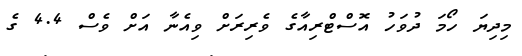
މިދިޔަ ހޯމަ ދުވަހު އޮސްޓްރިއާގެ ވެރިރަށް ވިއެނާ އަށް ވެސް 4.4 ގެ